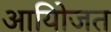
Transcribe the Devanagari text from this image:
आयोिजत